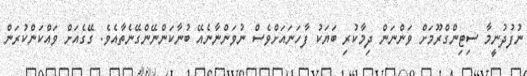
ނުފުދުނީމާ ސިޓިންގްރޫމަށް ވަންނަން ދިމާކުރި ބަޔަކު ފާހަނައަށްވެސް ނުވަންނާނެއޭ ބުނާކަންނޭންގޭނެތާއެވެ. ގޭގެއަށް ވައްކަންކުރަން